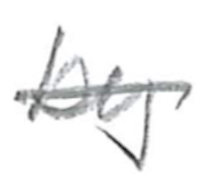
Text: by
Cross-out: single-line
Writing tool: pencil